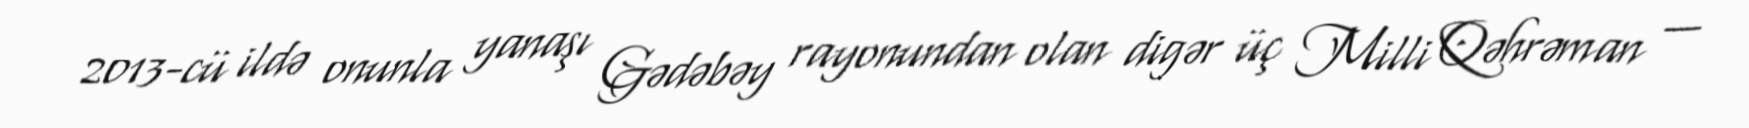
2013-cü ildə onunla yanaşı Gədəbəy rayonundan olan digər üç Milli Qəhrəman —